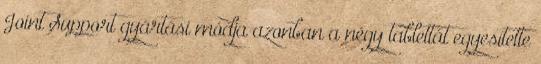
Joint Support gyártási módja azonban a négy tablettát egyesítette